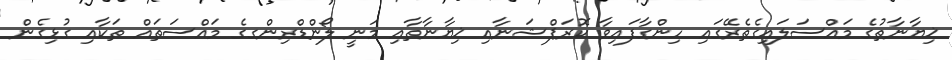
ޚިޔާނާތުގެ މައްސަލައިގެތެރޭގައި ހިންގާފައިވާ ކޮރަޕްޝަނާއި ޚިޔާނާތާއި މަނީ ލޯންޑްރިންގގެ މައްސަތައް ތަކާއި ގުޅިގެން